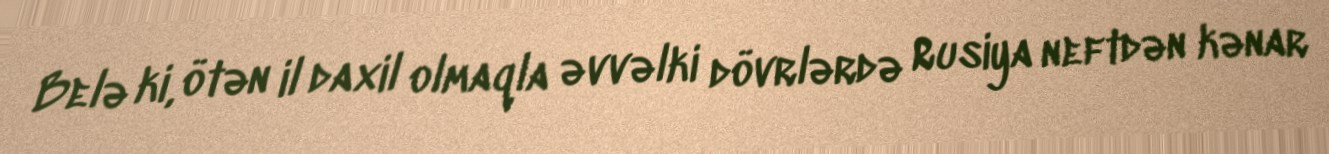
Belə ki, ötən il daxil olmaqla əvvəlki dövrlərdə Rusiya neftdən kənar